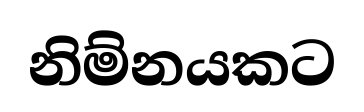
නිම්නයකට